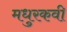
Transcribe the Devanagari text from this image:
मधुरकवी